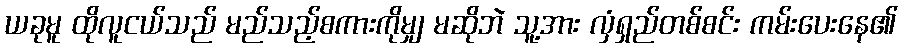
ယခုမူ ထိုလူငယ်သည် မည်သည့်စကားကိုမျှ မဆိုဘဲ သူ့အား လှံရှည်တစ်စင်း ကမ်းပေးနေ၏